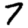
Digit: 7